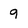
Character: 9